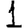
Digit: 1